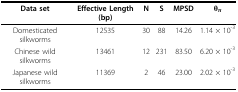
<table><thead><tr><td><b>Data set</b></td><td><b>Effective Length (bp)</b></td><td><b>N</b></td><td><b>S</b></td><td><b>MPSD</b></td><td><b>θ<sub>π</sub></b></td></tr></thead><tbody><tr><td>Domesticated silkworms</td><td>12535</td><td>30</td><td>88</td><td>14.26</td><td>1.14 × 10<sup>-3</sup></td></tr><tr><td>Chinese wild silkworms</td><td>13461</td><td>12</td><td>231</td><td>83.50</td><td>6.20 × 10<sup>-3</sup></td></tr><tr><td>Japanese wild silkworms</td><td>11369</td><td>2</td><td>46</td><td>23.00</td><td>2.02 × 10<sup>-3</sup></td></tr></tbody></table>